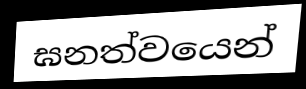
ඝනත්වයෙන්